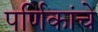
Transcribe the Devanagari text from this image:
पर्णिकांचे